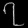
Digit: ၇